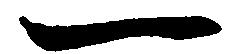
一